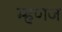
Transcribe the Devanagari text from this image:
म्हणज